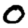
Digit: 0